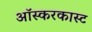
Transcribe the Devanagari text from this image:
ऑस्करकास्ट